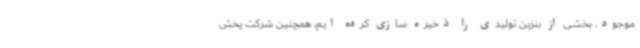
موجود، بخشی از بنزین تولیدی را ذخیره سازی کرده ایم، همچنین شرکت پخش